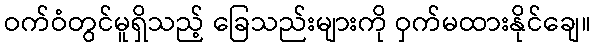
ဝက်ဝံတွင်မူရှိသည့် ခြေသည်းများကို ဝှက်မထားနိုင်ချေ။